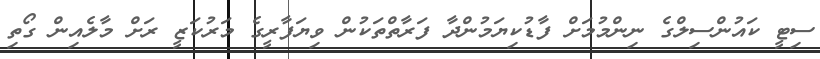
ސިޓީ ކައުންސިލްގެ ނިންމުމަށް ފާޑުކިޔަމުންދާ ފަރާތްތަކުން ވިޔަފާރީގެ މަރުކަޒީ ރަށް މާލެއިން ގޯތި